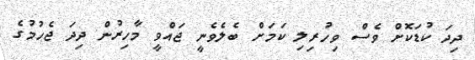
ދިދަ ކުޑަކޮށް ވެސް ވިހުރިލި ކަމަށް ބެލެވެނީ ޖައްވީ މާހިރުން ދިދަ ޖެހުމުގެ